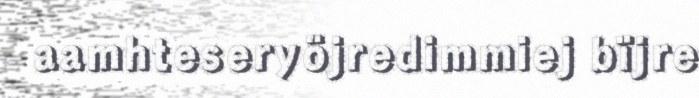
aamhteseryöjredimmiej bïjre